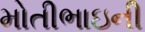
મોતીભાઇની